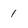
Character: 1